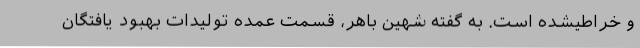
و خراطیشده است. به گفته شهین باهر، قسمت عمده تولیدات بهبود یافتگان